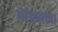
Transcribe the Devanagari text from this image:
पांड्याला